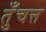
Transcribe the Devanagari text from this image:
तुँचत्त